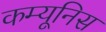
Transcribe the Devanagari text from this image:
कम्यूनिस